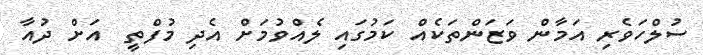
ސުލްހަވެރި އަމާން ވަޒަންތަކެއް ކަމުގައި ލެއްވުމަށް އެދި މުފްތީ  އަށް ދުއާ